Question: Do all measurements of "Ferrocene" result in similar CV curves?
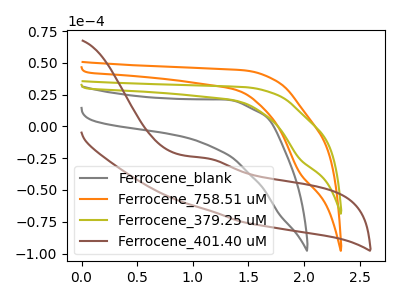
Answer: <think>The gray curve "Ferrocene_blank" has no peaks. The orange curve "Ferrocene_758.51 uM" has a cathodic peak at: (1.95V, -36.40uA). The olive curve "Ferrocene_379.25 uM" has a cathodic peak at: (1.95V, -25.55uA). The brown curve "Ferrocene_401.40 uM" has an anodic peak at: (1.15V, -25.10uA).
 "Ferrocene_blank" and "Ferrocene_758.51 uM" have a different number of peaks. "Ferrocene_blank" and "Ferrocene_379.25 uM" have a different number of peaks. "Ferrocene_blank" and "Ferrocene_401.40 uM" have a different number of peaks. All the peaks in "Ferrocene_758.51 uM" have a peak in "Ferrocene_379.25 uM" at the same potential. Every peak in "Ferrocene_758.51 uM" is higher than every peak in "Ferrocene_379.25 uM". "Ferrocene_758.51 uM" and "Ferrocene_401.40 uM" have at least one peak that do not match. "Ferrocene_379.25 uM" and "Ferrocene_401.40 uM" have at least one peak that do not match.</think>
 <answer>All the CV's of "Ferrocene" have similar shape.</answer>
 <eval>follow_rule</eval>